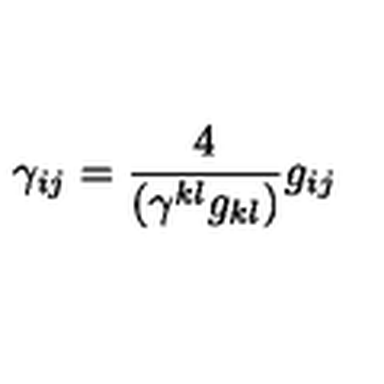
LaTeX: \gamma _ { i j } = \frac { 4 } { ( \gamma ^ { k l } g _ { k l } ) } g _ { i j }